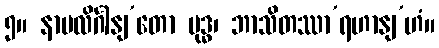
၅။ နာမလိင်္ဂါနျ’တော ဗုဒ္ဓ၊ ဘာသိတဿာ’ရဟာနျ’ဟံ။